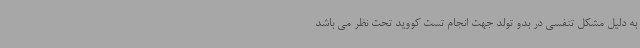
به دلیل مشکل تنفسی در بدو تولد جهت انجام تست کووید تحت نظر می باشد